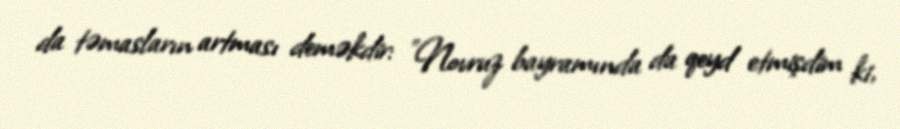
da təmasların artması deməkdir: "Novruz bayramında da qeyd etmişdim ki,